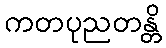
ကတပုညတန္တိ